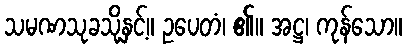
သမဏသုခသို့နှင့်။ ဥပေတံ၊ ၏။ အဋ္ဌ၊ ကုန်သော။